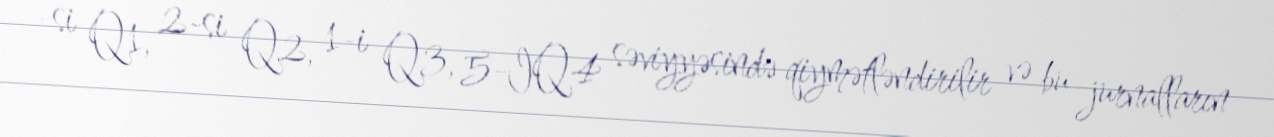
-si Q1, 2-si Q2, 1-i Q3, 5-IQ4 səviyyəsində qiymətləndirilir və bu jurnalların